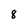
Character: 8